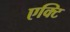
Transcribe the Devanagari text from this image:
एक्टि